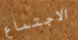
الاجتماع